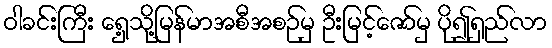
ဝါခင်းကြီး ရှေ့သို့မြန်မာအစီအစဉ်မှ ဦးမြင့်ဇော်မှ ပို၍ရှည်လာ